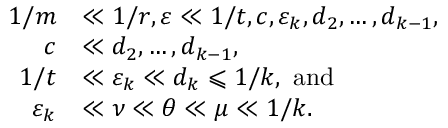
\begin{array} { r l } { 1 / m } & { \ll 1 / r , \varepsilon \ll 1 / t , c , \varepsilon _ { k } , d _ { 2 } , \dots , d _ { k - 1 } , } \\ { c } & { \ll d _ { 2 } , \dots , d _ { k - 1 } , } \\ { 1 / t } & { \ll \varepsilon _ { k } \ll d _ { k } \leqslant 1 / k , \mathrm { ~ a n d } } \\ { \varepsilon _ { k } } & { \ll \nu \ll { \theta } \ll \mu \ll 1 / k . } \end{array}